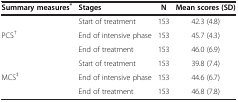
<table><thead><tr><td><b>Summary measures<sup>*</sup></b></td><td><b>Stages</b></td><td><b>N</b></td><td><b>Mean scores (SD)</b></td></tr></thead><tbody><tr><td> </td><td>Start of treatment</td><td>153</td><td>42.3 (4.8)</td></tr><tr><td>PCS<sup>†</sup></td><td>End of intensive phase</td><td>153</td><td>45.7 (4.3)</td></tr><tr><td> </td><td>End of treatment</td><td>153</td><td>46.0 (6.9)</td></tr><tr><td> </td><td>Start of treatment</td><td>153</td><td>39.8 (7.4)</td></tr><tr><td>MCS<sup>‡</sup></td><td>End of intensive phase</td><td>153</td><td>44.6 (6.7)</td></tr><tr><td> </td><td>End of treatment</td><td>153</td><td>46.8 (7.8)</td></tr></tbody></table>